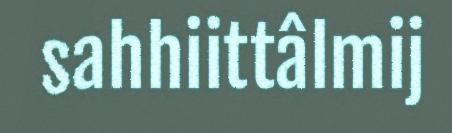
sahhiittâlmij